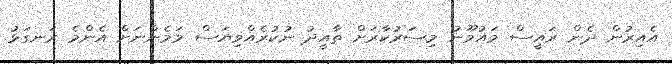
އެއިރުން ދެން ރައީސް މައުމޫނު މިސަރުކާރަށް ތާއީދު ނުކުރެއްވިޔަސް މަމެންނަށް އެންމެ ރަނގަޅު